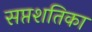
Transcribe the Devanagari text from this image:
सप्तशतिका